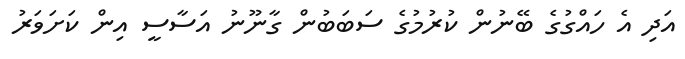
އަދި އެ ހައްގުގެ ބޭނުން ކުރުމުގެ ސަބަބުން ގާނޫނު އަސާސީ އިން ކަށަވަރު